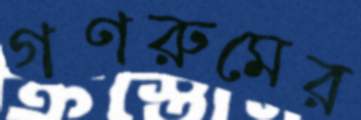
গণরুমের